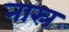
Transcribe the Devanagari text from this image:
नास्र